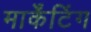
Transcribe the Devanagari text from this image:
मार्केंटिंग